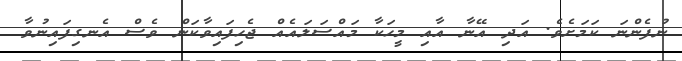
ނުފެންނަ ކަމަށެވެ. އަދި އޭނާ އާއި މީހަކާ މައްސަލައެއް ޖެހިފައިވާކަން ވެސް އެނގިފައިނުވާ